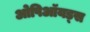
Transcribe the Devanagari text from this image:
ओपिऑयड्स